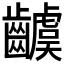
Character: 𮯗